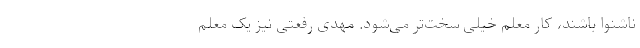
ناشنوا باشند، کار معلم خیلی سخت‌تر می‌شود. مهدی رفعتی نیز یک معلم